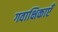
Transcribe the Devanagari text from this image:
गवाक्षिकाएँ